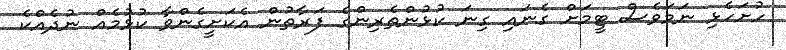
ހުށަހެޅި ނަމަވެސް ޓީމަށް ގެނައި ގިނަ ކުޅުންތެރިންގެ ފަރާތުން އެކަށީގެންވާ ކުޅުމެއް ނުދެއްކެ